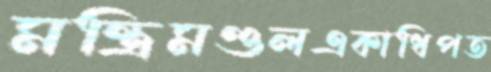
মন্ত্রিমণ্ডলএকাধিপত